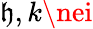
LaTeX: \mathfrak{h},k\nei